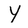
Character: Y